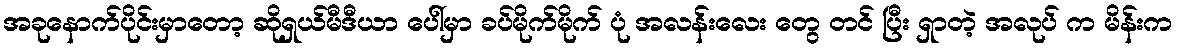
အခုနောက်ပိုင်းမှာတော့ ဆိုရှယ်မီဒီယာ ပေါ်မှာ ခပ်မိုက်မိုက် ပုံ အလန်းလေး တွေ တင် ပြီး ရှာတဲ့ အလုပ် က မိန်းက